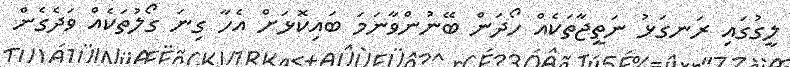
ލީގުގައި ރަނގަޅު ނަތީޖާތަކެއް ހޯދަން ބޭނުންވާނަމަ ބައިކޮޅަށް އެހާ ގިނަ ގޯލުތަކެއް ވަދެގެން